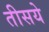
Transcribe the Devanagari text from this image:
तीसये